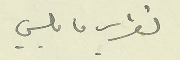
لتقرير ما يلي